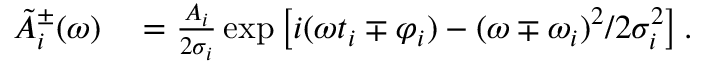
\begin{array} { r l } { \tilde { A } _ { i } ^ { \pm } ( \omega ) } & { { } = \frac { A _ { i } } { 2 \sigma _ { i } } \exp \left[ i ( \omega t _ { i } \mp \varphi _ { i } ) - ( \omega \mp \omega _ { i } ) ^ { 2 } / 2 \sigma _ { i } ^ { 2 } \right] . } \end{array}